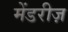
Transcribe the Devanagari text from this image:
मेंडरीज़